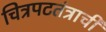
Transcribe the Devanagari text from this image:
चित्रपटतंत्राची